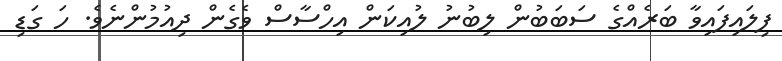
ފިލައިފައިވާ ބަރެއްގެ ސަބަބުން ލިބުނު ލުއިކަން އިހްސާސް ވެގެން ދިއުމުންނެވެ. ހަ ގަޑި